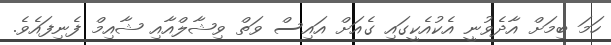
ހަމަ ބިމަަށް އާދެވުނީ އެކުއެކީގައި ގެއަށް އައިސް ވަތް ވިޝާލްއާއި ޝާއިމް ފެނިފައެވެ.